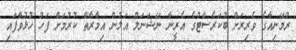
ރުމޭނިއާގެ ވެރިރަށް ބުކަރެސްޓުގެ އެރީނާ ނޭޝަނަލް އަލުން އިމާރާތް ކުރުމަށް ފަހު ހުޅުވާފައި